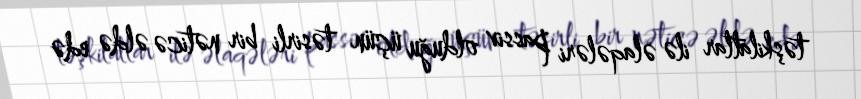
təşkilatlar ilə əlaqələri passiv olduğu üçün təsirli bir nəticə əldə edə